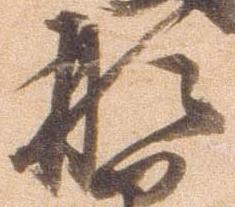
形